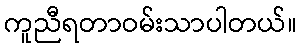
ကူညီရတာဝမ်းသာပါတယ်။